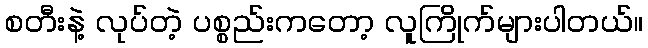
စတီးနဲ့ လုပ်တဲ့ ပစ္စည်းကတော့ လူကြိုက်များပါတယ်။